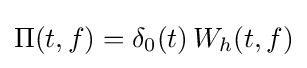
\Pi (t,f)=\delta _{0}(t)\,W_{h}(t,f)